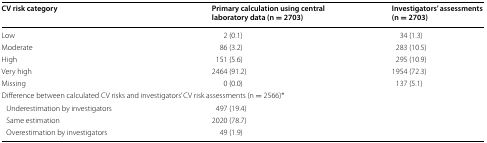
| CV risk category | Primary calculation using central laboratory data (n = 2703) | Investigators’ assessments (n = 2703) |
 | --- | --- | --- |
 | Low | 2 (0.1) | 34 (1.3) |
 | Moderate | 86 (3.2) | 283 (10.5) |
 | High | 151 (5.6) | 295 (10.9) |
 | Very high | 2464 (91.2) | 1954 (72.3) |
 | Missing | 0 (0.0) | 137 (5.1) |
 | <COLSPAN=3> Difference between calculated CV risks and investigators’ CV risk assessments (n = 2566)* |
 | Underestimation by investigators | <COLSPAN=2> 497 (19.4) |
 | Same estimation | <COLSPAN=2> 2020 (78.7) |
 | Overestimation by investigators | <COLSPAN=2> 49 (1.9) |